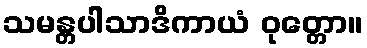
သမန္တပါသာဒိကာယံ ဝုတ္တော။